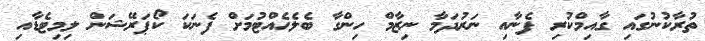
ތުރާކުނުގައި ގާއިމްކުރިި ފެނާއި ނަރުދަމާ ނިޒާމް ހިންގާ ބެލެހެއްޓުމަށް ފެނަކަ ކޯޕަރޭޝަން ލިމިޓެޑާއި